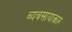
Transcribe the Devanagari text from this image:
व्यवसायाकार